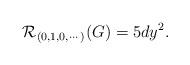
LaTeX: \begin{align*}{\cal R}_{(0,1,0,\cdots)}(G)=5 d y^2.\end{align*}